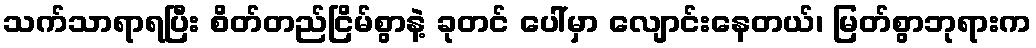
သက်သာရာရပြီး စိတ်တည်ငြိမ်စွာနဲ့ ခုတင် ပေါ်မှာ လျောင်းနေတယ်၊ မြတ်စွာဘုရားက